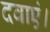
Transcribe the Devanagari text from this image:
दवाएं।